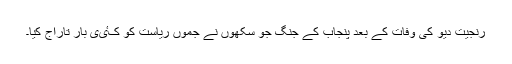
رنجیت دیو کی وفات کے بعد پنجاب کے جنگ جُو سکھوں نے جموں ریاست کو کٸی بار تاراج کیا۔